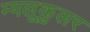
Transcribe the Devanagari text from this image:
म्यलूकुलर